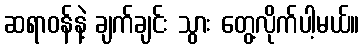
ဆရာဝန်နဲ့ ချက်ချင်း သွား တွေ့လိုက်ပါ့မယ်။